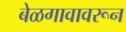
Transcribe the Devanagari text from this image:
बेळगावावरून